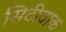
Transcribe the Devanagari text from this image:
सिटीवाक